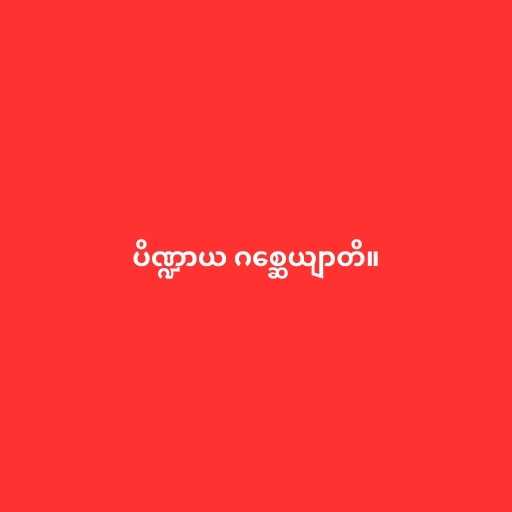
ပိဏ္ဍာယ ဂစ္ဆေယျာတိ။